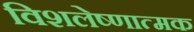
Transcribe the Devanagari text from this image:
विशलेष्णात्मक